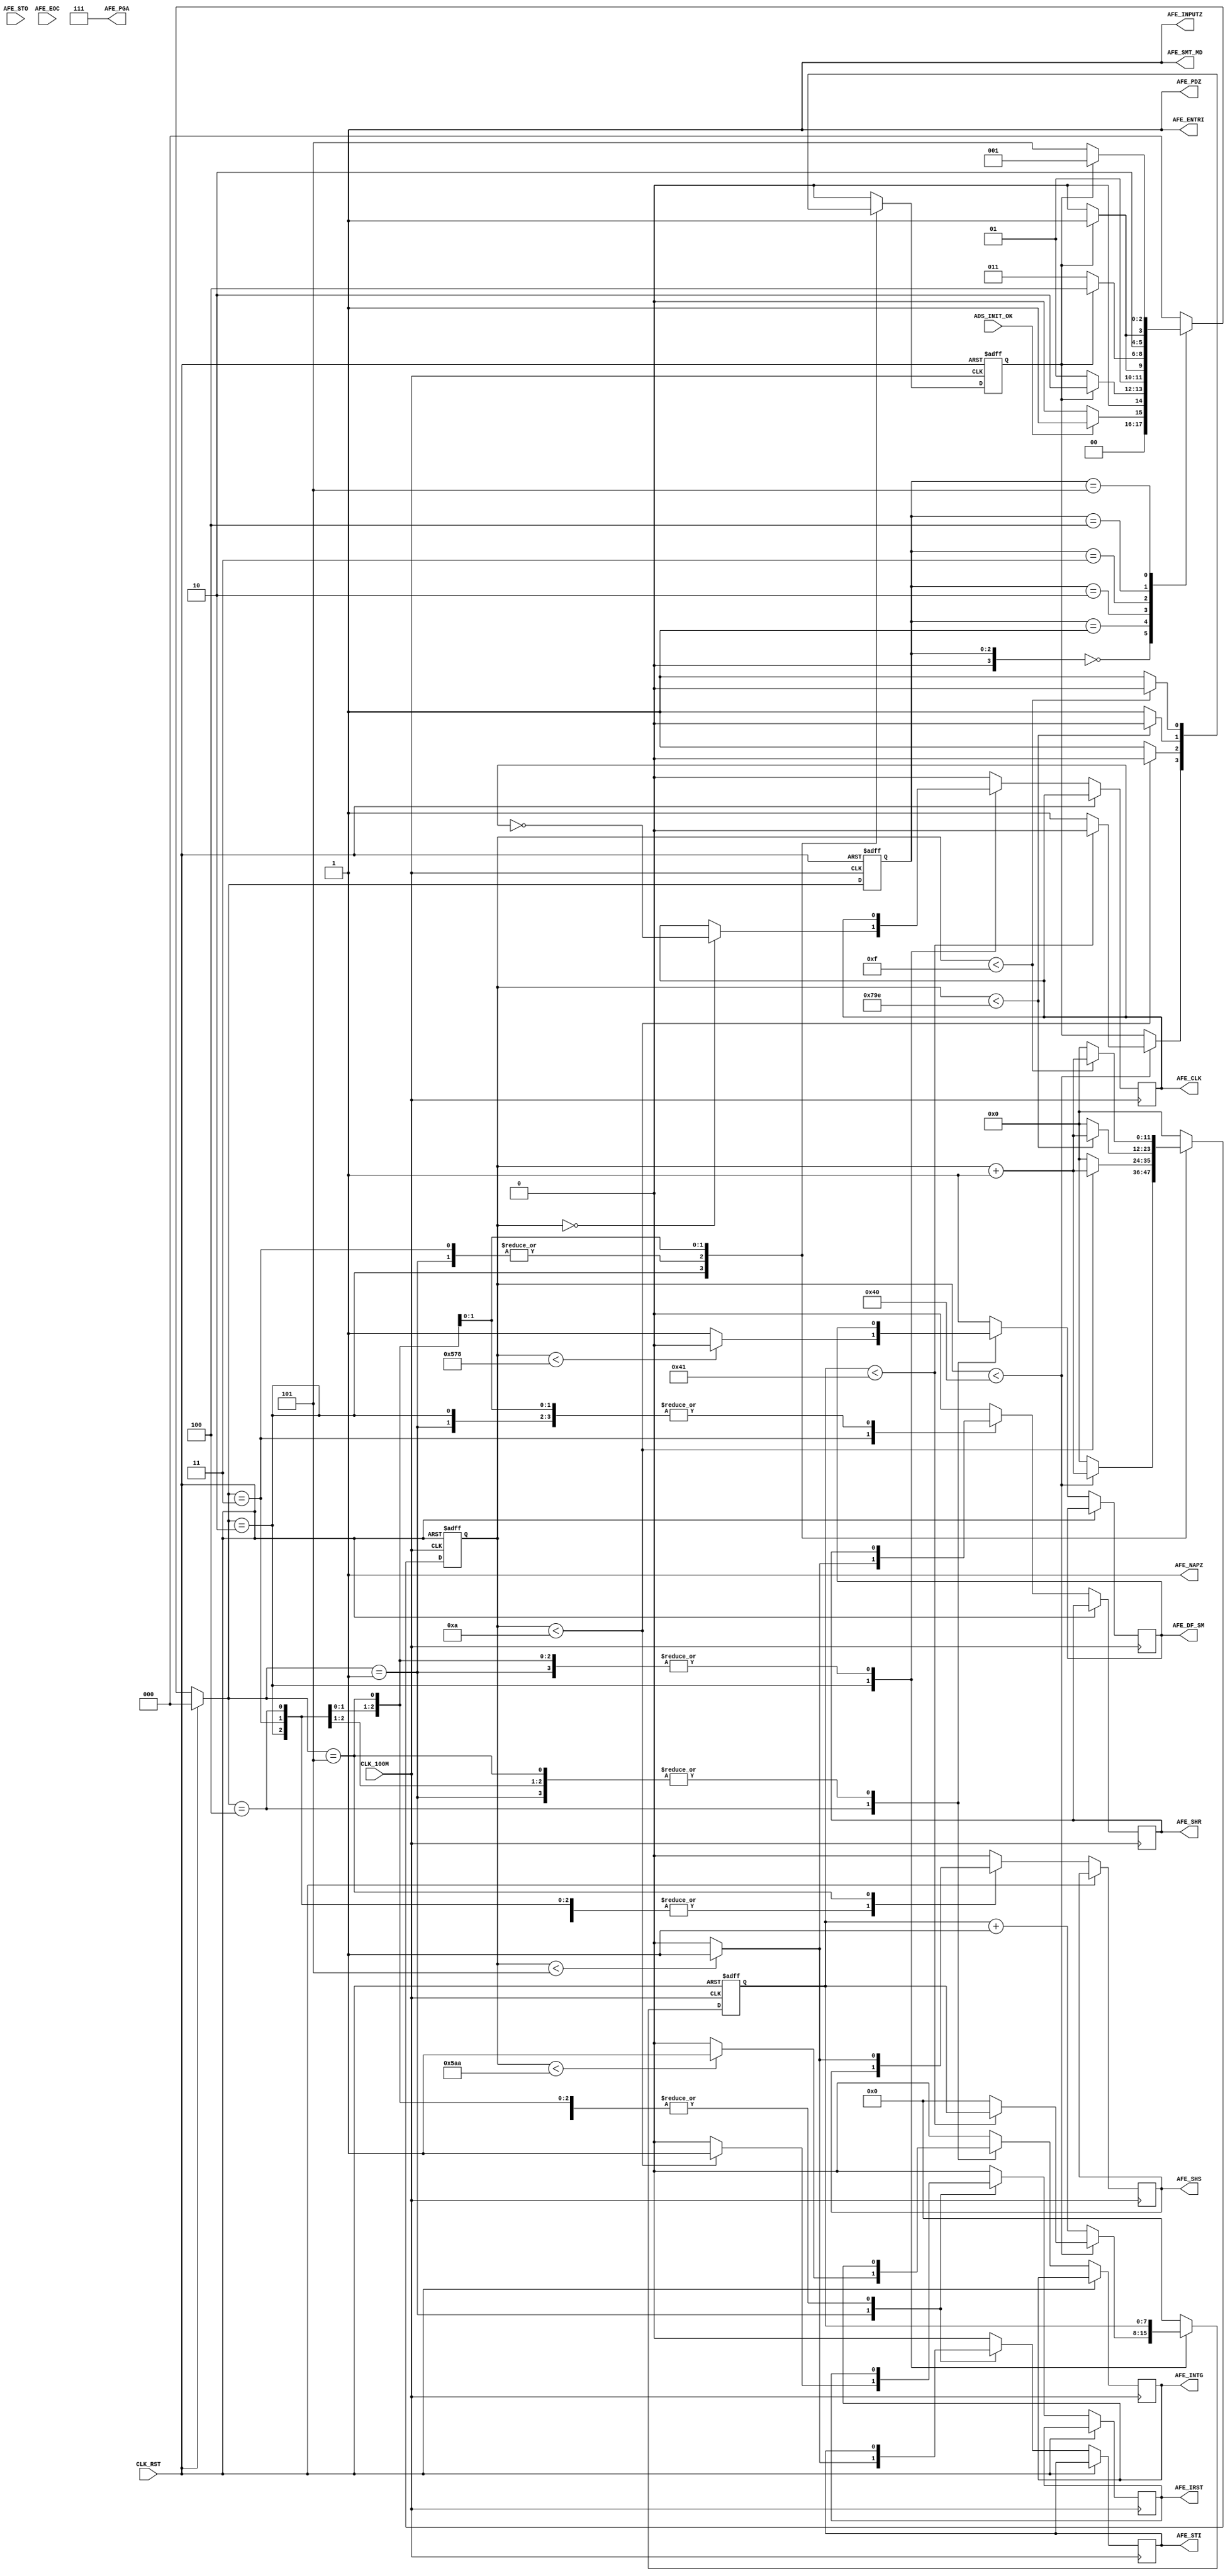
`timescale 1ns / 1ps
//////////////////////////////////////////////////////////////////////////////////
// Company: 
// Engineer: 
// 
// Design Name: 
// Module Name:    AFE_CTL 
// Project Name: 
// Target Devices: 
// Tool versions: 
// Description: 
//
// Dependencies: 
//
// Revision: 
// Revision 0.01 - File Created
// Additional Comments: 
//
//////////////////////////////////////////////////////////////////////////////////
module AFE_CTL(
//--- GLOBAL ---
    input CLK_RST,		//reset input, high is valid
    input CLK_100M,		//system clock
	input ADS_INIT_OK,	
	
//--- AFE PORTS ---
	//-- control ports --
	output AFE_CLK,		//0.769 MHz  outputs the analog voltage from each integrator channel on each rising edge
	output AFE_INTG,	//integrate pixel signal when high
	output AFE_IRST,	//Resets the AFE on rising edge
	output AFE_SHS,		//samples signal on rising edge
    output AFE_SHR,		//samples reset level of integrator on rising edge  
    output AFE_PDZ,		//power down set
    output AFE_NAPZ,	//sleep mode set
    output AFE_ENTRI,	//High on this pin enables tri-state of analog output drivers after shift out of data for all 64 channels 
	output AFE_STI,
	input  AFE_STO,
	input  AFE_EOC,
	//-- mode ports --
	output AFE_SMT_MD,	// read mode set
	output AFE_INPUTZ,
	//-- compensation set --
    output AFE_DF_SM,	//Digital control to dump compensation charge on integrator capacitor,
	//-- PGA set --	
	output [2:0] AFE_PGA
    );
//---output registers---
reg	o_clk	=	1'b0,
	o_intg	=	1'b0,
	o_shr	=	1'b0,
	o_irst	=	1'b0,
	o_shs	=	1'b0,
	o_sti	=	1'b0,
	o_dfsm	=	1'b1;
//--output assignment---	
assign	AFE_PDZ		=	1'b1;
assign	AFE_NAPZ	=	1'b1;
assign	AFE_ENTRI	=	1'b1;
assign	AFE_SMT_MD	=	1'b1;
assign	AFE_INPUTZ	=	1'b1;
assign	AFE_PGA		=	3'b111;

assign	AFE_CLK 	=	o_clk;
assign	AFE_INTG	=	o_intg;
assign	AFE_SHR		=	o_shr;	
assign	AFE_IRST	=	o_irst;	
assign	AFE_SHS		=	o_shs;	
assign	AFE_STI		=	o_sti;
assign	AFE_DF_SM	=	o_dfsm;	
//---state parameters---
parameter	IDLE		=	4'd0,
			IRST_STI	=	4'd1,
			CLK			=	4'd2,
			SHR			=	4'd3,
			INTG		=	4'd4,
			SHS			=	4'd5;
reg [3:0]	current_state = 0,
			next_state	=	0;			
//---time parameters---
parameter	T_SXX		=	12'd5,		// 	50 ns
			T_IRST		=	12'd10,		// 	100 ns
			T_HALF_CLK	=	12'd65,		//	650 ns	AFE_CLK = 0.769MHz -> 1300 ns
			T_WAIT_INTG	=	12'd10,		//	100 ns  wait for INTG
			T_TFT		=	12'd1400,	//  14	us  TFT_ON to set AFE_DF_SM
			T_INTG		=	12'd1450,	//	14.5 us	14us TFT_ON + 0.5us delay
			T_WAIT_SHS	=	12'd500,	//  5 us 	wait for SHS
			T_END		=	12'd10;		//	100 ns	rising SHS to next rising IRST 
reg [11:0] time_cnt		=	0;			
//---other registers---
parameter	HALF_CLK_NUM	=	65;
reg [7:0] 	clk_cnt	=	0;	// cnt for CLK_AFE
reg			sjump	=	1'b0;

//---state jump---
always @(posedge CLK_100M or posedge CLK_RST) begin
	if (CLK_RST)
		current_state <= IDLE;
	else
		current_state <= next_state;
end
//---State execution---
always @(posedge CLK_100M or posedge CLK_RST) begin
	if (CLK_RST) begin
		time_cnt 	<=	0;
		clk_cnt		<=	0;
		sjump		<=	0;
	end
	else begin
		case (next_state)
			//---ST0---
			IDLE : begin
				o_clk	<=	1'b0;
				o_intg	<=	1'b0;
				o_shr	<=	1'b0;
				o_irst	<=	1'b0;
				o_shs	<=	1'b0;
				o_sti	<=	1'b0;
				o_dfsm	<=	1'b1;
				time_cnt<=	0;
				clk_cnt	<=	0;
				sjump	<=	0;				
			end
			//---ST1---
			IRST_STI : begin 
				if (time_cnt < T_IRST) begin
					time_cnt <= time_cnt + 1;
					sjump	 <= 0;
				end
				else begin
					time_cnt <= 0;
					sjump	 <= 1;
				end
				// STI
				if (time_cnt < T_SXX) 
					o_sti <= 1;
				else
					o_sti <= 0;
				// IRST
				if (time_cnt < T_IRST) 
					o_irst <= 1;
				else
					o_irst <= 0;				
			end
			//---ST2---
			CLK : begin
				if (time_cnt < T_HALF_CLK - 1) begin
					time_cnt <= time_cnt + 1;					
					if (clk_cnt < HALF_CLK_NUM) begin						
						sjump <= 0;
						clk_cnt	 <= clk_cnt;
					end
					else begin
						sjump <= 1;
						clk_cnt	 <= 0;						
					end
				end
				else begin
					time_cnt <= 0;
					clk_cnt	 <= clk_cnt + 1;
				end
				// CLK
				if (time_cnt == 0)
					o_clk	 <= ~o_clk;
				else
					o_clk	 <= o_clk;
			end
			//---ST3---
			SHR : begin
				if (time_cnt < T_WAIT_INTG) begin
					time_cnt <= time_cnt + 1;
					sjump	 <= 0;
				end
				else begin
					time_cnt <= 0;
					sjump	 <= 1;
				end
				// SHR
				if (time_cnt < T_SXX) 
					o_shr <= 1;
				else
					o_shr <= 0;				
			end
			//---ST4---
			INTG : begin
				if (time_cnt < T_INTG + T_WAIT_SHS) begin
					time_cnt <= time_cnt + 1;
					sjump	 <= 0;								
				end
				else begin
					time_cnt <= 0;
					sjump	 <= 1;
				end
				// INTG
				if (time_cnt < T_INTG) 
					o_intg	 <= 1;
				else
					o_intg 	 <= 0;
				// DF_SM
				if (time_cnt < T_TFT) 
					o_dfsm	 <= 0;
				else
					o_dfsm 	 <= 1;				
			end
			//---ST5---
			SHS : begin
				if (time_cnt < T_SXX + T_END) begin
					time_cnt <= time_cnt + 1;
					sjump	 <= 0;
				end
				else begin
					time_cnt <= 0;
					sjump	 <= 1;
				end	
				// SHS
				if (time_cnt < T_SXX) 
					o_shs	 <= 1;
				else
					o_shs 	 <= 0;					
			end	
			//---default---
			default : begin
				o_clk	<=	1'b0;
				o_intg	<=	1'b0;
				o_shr	<=	1'b0;
				o_irst	<=	1'b0;
				o_shs	<=	1'b0;
				o_sti	<=	1'b0;
				o_dfsm	<=	1'b1;
				time_cnt<=	0;
				clk_cnt	<=	0;
				sjump	<=	0;					
			end
		endcase
	end
end
//---State declaration---
always @(*) begin
	if (CLK_RST)
		next_state = IDLE;
	else begin
		case (current_state)
			//---ST0---
			IDLE : begin
				if (ADS_INIT_OK)
					next_state = IRST_STI;
				else
					next_state = IDLE;
			end
			//---ST1---
			IRST_STI : begin
				if (sjump)
					next_state = CLK;
				else
					next_state = IRST_STI;			
			end
			//---ST2---
			CLK : begin
				if (sjump)
					next_state = SHR;
				else
					next_state = CLK;			
			end
			//---ST3---
			SHR : begin
				if (sjump)
					next_state = INTG;
				else
					next_state = SHR;			
			end
			//---ST4---
			INTG : begin
				if (sjump)
					next_state = SHS;
				else
					next_state = INTG;			
			end
			//---ST5---
			SHS : begin
				if (sjump)
					next_state = IRST_STI;
				else
					next_state = SHS;			
			end	
			//---default---
			default : begin
				next_state = IDLE;
			end
		endcase
	end
end
endmodule